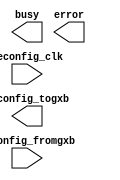
module altgx_reconfig (
	reconfig_clk,
	reconfig_fromgxb,
	busy,
	error,
	reconfig_togxb)/* synthesis synthesis_clearbox = 1 */;

	input	  reconfig_clk;
	input	[16:0]  reconfig_fromgxb;
	output	  busy;
	output	  error;
	output	[3:0]  reconfig_togxb;

endmodule